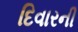
દિવારની